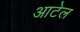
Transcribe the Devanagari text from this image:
आटेल